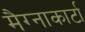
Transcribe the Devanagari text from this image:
मैग्नाकार्टा